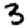
Digit: 3